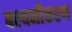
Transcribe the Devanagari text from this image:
बल्वनीकरण